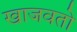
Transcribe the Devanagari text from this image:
खाजवतो